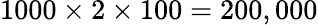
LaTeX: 1000\times 2\times 100=200,000